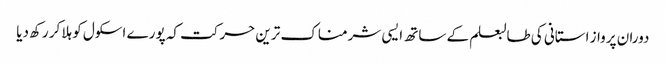
دوران پرواز استانی کی طالبعلم کے ساتھ ایسی شرمناک ترین حرکت کہ پورے اسکول کو ہلا کر رکھ دیا